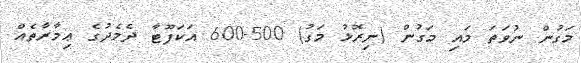
މަގުން ނުވަތަ މައި މަގުން (ނިރޮޅު މަގު) 500-600 އަކަފޫޓާ ދެމެދުގެ ޢިމާރާތެއް